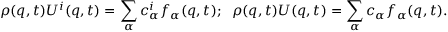
\rho ( { q } , t ) { U } ^ { i } ( { q } , t ) = \sum _ { \alpha } { c } _ { \alpha } ^ { i } f _ { \alpha } ( { q } , t ) ; \; \; \rho ( { q } , t ) { U } ( { q } , t ) = \sum _ { \alpha } { c } _ { \alpha } f _ { \alpha } ( { q } , t ) .